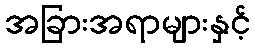
အခြားအရာများနှင့်